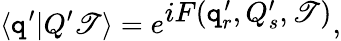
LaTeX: \langle\mathtt{q}^{\prime}|Q^{\prime}\mathscr{T}\rangle=e^{\textstyle{iF(\mathtt{q}_{r}^{\prime},Q_{s}^{\prime},\mathscr{T})}},